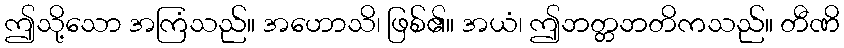
ဤသို့သော အကြံသည်။ အဟောသိ၊ ဖြစ်၏။ အယံ၊ ဤဘတ္တဘတိကသည်။ တီဏိ